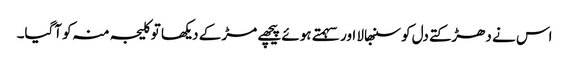
اس نے دھڑکتے دل کو سنبھالا اور سہمتے ہوئے پیچھے مڑ کے دیکھا تو کلیجہ منہ کو آگیا۔